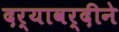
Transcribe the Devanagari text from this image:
दर्यावर्दीने